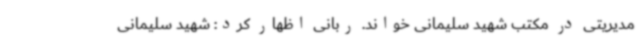
مدیریتی در مکتب شهید سلیمانی خواند. ربانی اظهار کرد: شهید سلیمانی